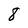
Character: 8